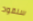
سنقود